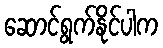
ဆောင်ရွက်နိုင်ပါက